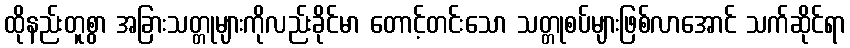
ထိုနည်းတူစွာ အခြားသတ္တုများကိုလည်းခိုင်မာ တောင့်တင်းသော သတ္တုစပ်များဖြစ်လာအောင် သက်ဆိုင်ရာ